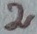
Text: 2